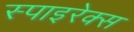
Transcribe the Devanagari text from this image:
स्पाइरेक्स